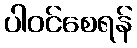
ပါဝင်စေရန်